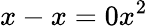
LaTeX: x-x=0x^{2}